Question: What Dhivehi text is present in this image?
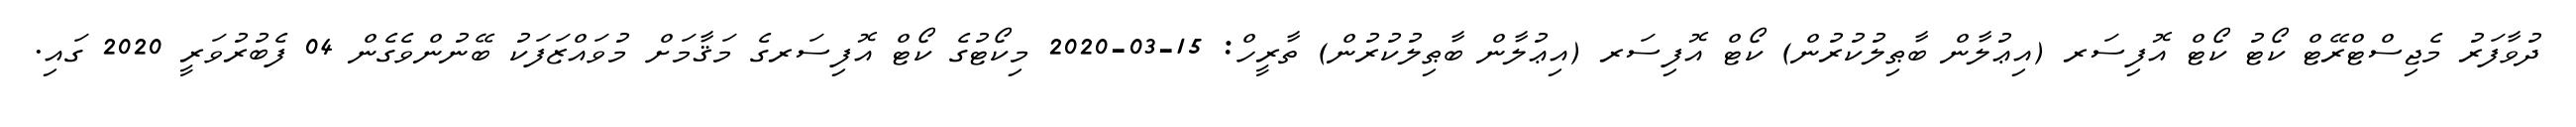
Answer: ދުވާފަރު މެޖިސްޓްރޭޓް ކޯޓު ކޯޓް އޮފިސަރ (އިޢުލާން ބާޠިލުކުރުން) ކޯޓް އޮފިސަރ (އިޢުލާން ބާޠިލުކުރުން) ތާރީހް: 15-03-2020 މިކޯޓުގެ ކޯޓް އޮފިސަރގެ މަޤާމަށް މުވައްޒަފަކު ބޭނުންވެގެން 04 ފެބުރުވަރީ 2020 ގައި.